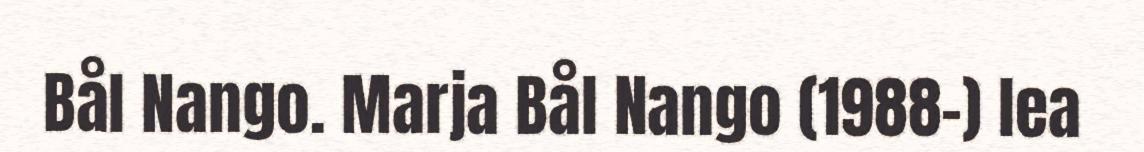
Bål Nango. Marja Bål Nango (1988-) lea